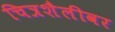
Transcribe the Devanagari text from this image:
चित्रशैलीवर